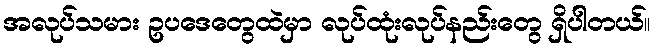
အလုပ်သမား ဥပဒေတွေထဲမှာ လုပ်ထုံးလုပ်နည်းတွေ ရှိပါတယ်။